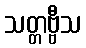
သတ္တဗ္ဗီသ